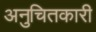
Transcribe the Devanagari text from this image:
अनुचितकारी